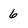
Character: 6